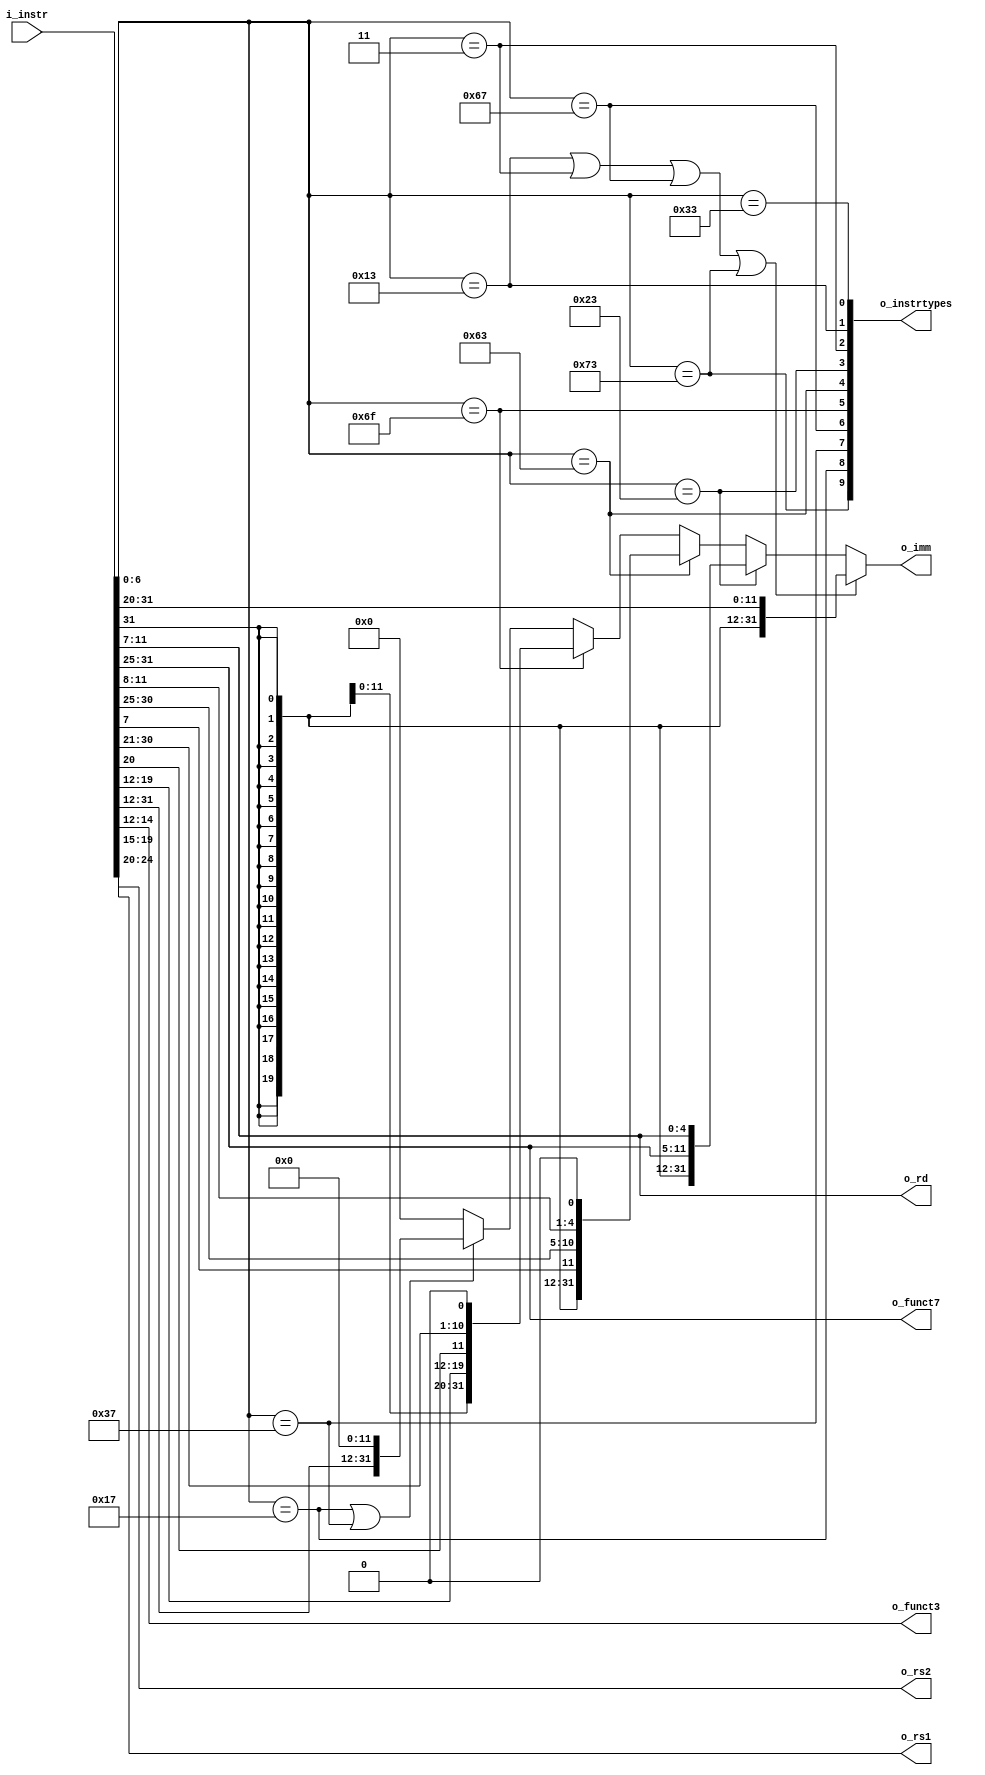
module Vr_RV32I_ISA (
    input [31:0] i_instr,
    output [31:0] o_imm, 
    output [2:0] o_funct3,
    output [6:0] o_funct7,
    output [9:0] o_instrtypes,
    output [4:0] o_rs1, o_rs2, o_rd
);

    wire ALU_Rtype       =   (i_instr[6:0] == 7'b0110011); //bit0
    wire ALU_Itype       =   (i_instr[6:0] == 7'b0010011); //bit1
    wire Load_Itype      =   (i_instr[6:0] == 7'b0000011); //bit2
    wire Store_Stype     =   (i_instr[6:0] == 7'b0100011); //bit3
    wire Branch_Btype    =   (i_instr[6:0] == 7'b1100011); //bit4
    wire JAL_Jtype       =   (i_instr[6:0] == 7'b1101111); //bit5
    wire JALR_Itype      =   (i_instr[6:0] == 7'b1100111); //bit6
    wire LUI_Utype       =   (i_instr[6:0] == 7'b0110111); //bit7
    wire AUIPC_Utype     =   (i_instr[6:0] == 7'b0010111); //bit8
    wire System_Itype    =   (i_instr[6:0] == 7'b1110011); //bit9


    wire [31:0] imm_Itype = {{21{i_instr[31]}}, i_instr[30:20]};
    wire [31:0] imm_Stype = {{21{i_instr[31]}}, i_instr[30:25], i_instr[11:7]};
    wire [31:0] imm_Btype = {{20{i_instr[31]}}, i_instr[7], i_instr[30:25], i_instr[11:8], 1'b0};
    wire [31:0] imm_Jtype = {{12{i_instr[31]}}, i_instr[19:12], i_instr[20], i_instr[30:21], 1'b0};
    wire [31:0] imm_Utype = {i_instr[31:12], {12{1'b0}}};

    assign o_imm = (ALU_Itype || Load_Itype || JALR_Itype || System_Itype)
        ? imm_Itype
        : (Store_Stype)
            ? imm_Stype
            : (Branch_Btype)
                ? imm_Btype
                : (JAL_Jtype)
                    ? imm_Jtype
                    : (AUIPC_Utype || LUI_Utype)
                        ? imm_Utype
                        : 32'h0000_0000;
        
    assign o_rs1 = i_instr[19:15];
    assign o_rs2 = i_instr[24:20];
    assign o_rd  = i_instr[11:7];

    assign o_funct3 = i_instr[14:12];
    assign o_funct7 = i_instr[31:25];

    assign o_instrtypes = {System_Itype, AUIPC_Utype, LUI_Utype, JALR_Itype, JAL_Jtype, Branch_Btype, Store_Stype, Load_Itype, ALU_Itype, ALU_Rtype};

    
endmodule